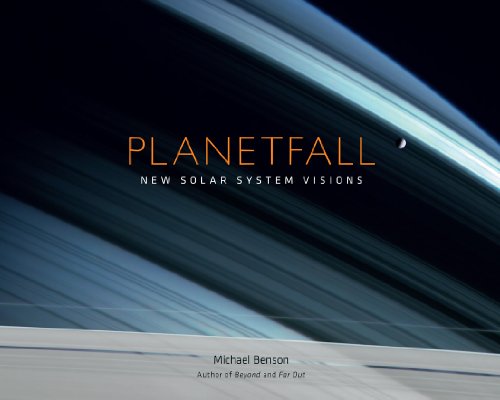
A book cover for Planetfall: New Solar System Visions; Michael Benson; Arts & Photography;